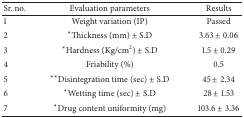
<table><thead><tr><td><b>Sr. no.</b></td><td><b>Evaluation parameters</b></td><td><b>Results</b></td></tr></thead><tbody><tr><td>1</td><td>Weight variation (IP)</td><td>Passed</td></tr><tr><td>2</td><td>*Thickness (mm) ± S.D</td><td>3.63 ± 0.06</td></tr><tr><td>3</td><td>*Hardness (Kg/cm<sup>2</sup>) ± S.D</td><td>1.5 ± 0.29</td></tr><tr><td>4</td><td>Friability (%)</td><td>0.5</td></tr><tr><td>5</td><td>**Disintegration time (sec) ± S.D</td><td>45 ± 2.34</td></tr><tr><td>6</td><td>*Wetting time (sec) ± S.D</td><td>28 ± 1.53</td></tr><tr><td>7</td><td>*Drug content uniformity (mg)</td><td> 103.6 ± 3.36 </td></tr></tbody></table>